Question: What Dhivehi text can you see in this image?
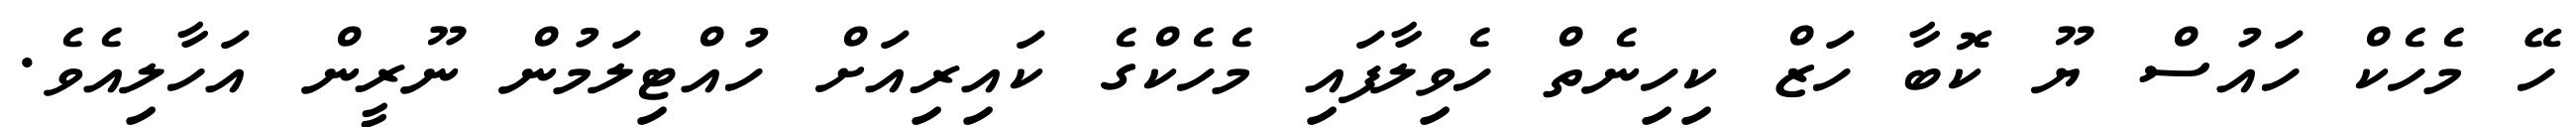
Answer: ހޭ މެހެކް ހައުސް ޔޫ ކޮބާ ހަޒް ކިހިނެތް ހެވިލާފައި މެހެކްގެ ކައިރިއަށް ހުއްޓިލަމުން ނޫރީން އަހާލިއެވެ.